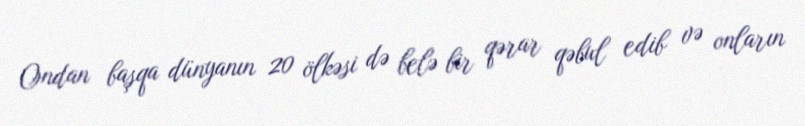
Ondan başqa dünyanın 20 ölkəsi də belə bir qərar qəbul edib və onların